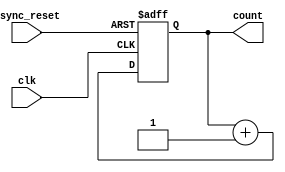
module async_reset_sync_counter (
    input wire clk,                // Clock signal
    input wire async_reset,        // Asynchronous reset signal
    output reg [3:0] count         // 4-bit counter output
);

    // Always block for the counter logic
    always @(posedge clk or posedge async_reset) begin
        if (async_reset) begin
            count <= 4'b0000;      // Reset the counter to 0
        end else begin
            count <= count + 1;    // Increment the counter
        end
    end

endmodule